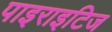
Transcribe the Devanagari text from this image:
पाइराइटिज